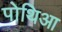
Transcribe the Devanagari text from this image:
पोथिआ